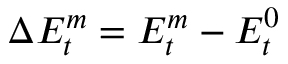
\Delta E _ { t } ^ { m } = E _ { t } ^ { m } - E _ { t } ^ { 0 }